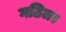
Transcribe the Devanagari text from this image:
गठित।